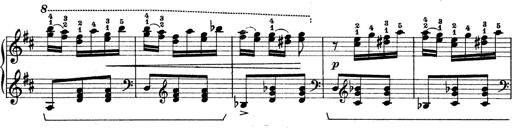
Title: Rapsodie: 19 ungheresi, 1 spagnuola
Composer: Franz Liszt